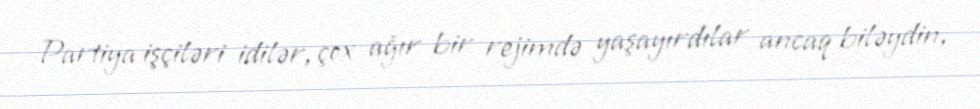
Partiya işçiləri idilər, çox ağır bir rejimdə yaşayırdılar ancaq biləydin,